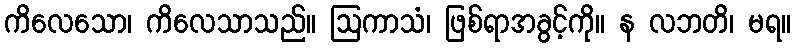
ကိလေသော၊ ကိလေသာသည်။ ဩကာသံ၊ ဖြစ်ရာအခွင့်ကို။ န လဘတိ၊ မရ။